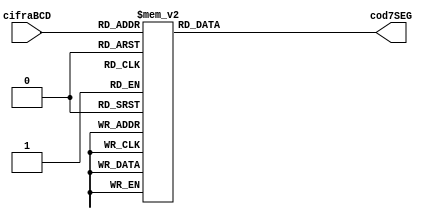
module conversor_BCD_7SEG(cifraBCD, cod7SEG);
input [3:0] cifraBCD; 
 output [7:0] cod7SEG; 
 
 reg [7:0] cod7SEG; 
 
 // Segment # abc_defg hex equivalent 
 parameter APAGADO = 8'b111_11111; // h7F 
 parameter CERO = 8'b000_00011; // h01 
 parameter UNO = 8'b100_11111; // h4F 
 parameter DOS = 8'b001_00101; // h12 
 parameter TRES = 8'b000_01101; // h06 
 parameter CUATRO = 8'b100_11001; // h4C 
 parameter CINCO = 8'b010_01001; // h24 
 parameter SEIS = 8'b010_00001; // h20 
 parameter SIETE = 8'b000_11111; // h0F 
 parameter OCHO = 8'b000_00001; // h00 
 parameter NUEVE = 8'b000_01001; // h04 
 
 always @(cifraBCD) 
 case (cifraBCD) 
	 0: cod7SEG <= CERO; 
	 1: cod7SEG <= UNO; 
	 2: cod7SEG <= DOS; 
	 3: cod7SEG <= TRES; 
	 4: cod7SEG <= CUATRO; 
	 5: cod7SEG <= CINCO; 
	 6: cod7SEG <= SEIS; 
	 7: cod7SEG <= SIETE; 
	 8: cod7SEG <= OCHO; 
	 9: cod7SEG <= NUEVE; 
	 default: cod7SEG <= APAGADO; 
 endcase 
endmodule